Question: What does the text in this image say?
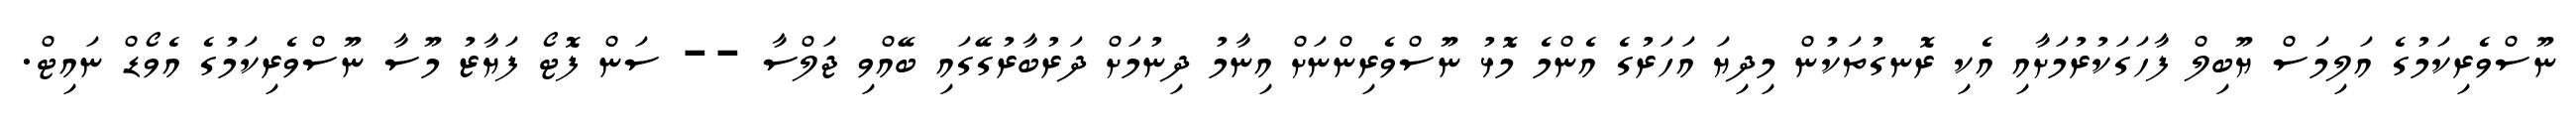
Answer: ނޫސްވެރިކަމުގެ އަލިމަސް ޔޫބިލް ފާހަގަކުރުމަށާއި އެކި ރޮނގުތަކުން މިދިޔަ އަހަރުގެ އެންމެ މޮޅު ނޫސްވެރިންނަށް އިނާމު ދިނުމަށް ދަރުބާރުގޭގައި ބޭއްވި ޖަލްސާ -- ސަން ފޮޓޯ ފަޔާޒު މޫސާ ނޫސްވެރިކަމުގެ އެވޯޑް ނައިޓް.